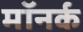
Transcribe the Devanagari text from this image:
मॉनर्क